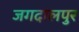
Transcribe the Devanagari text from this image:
जगदालपुर